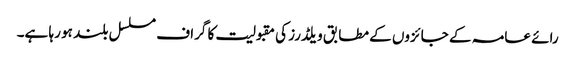
رائے عامہ کے جائزوں کے مطابق ویلڈرز کی مقبولیت کا گراف مسلسل بلند ہو رہا ہے۔